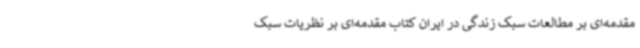
مقدمه‌ای بر مطالعات سبک زندگی در ایران کتاب مقدمه‌ای بر نظریات سبک